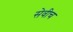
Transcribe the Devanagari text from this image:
सेवीच